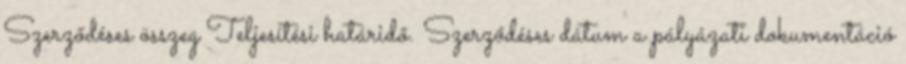
Szerződéses összeg Teljesítési határidő. Szerződéses dátum a pályázati dokumentáció